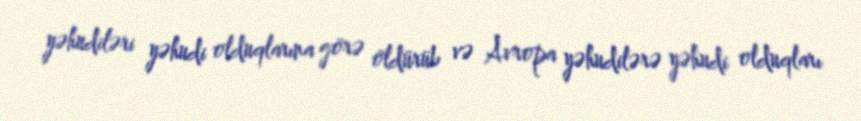
yəhudiləri yəhudi olduqlarına görə öldürüb və Avropa yəhudilərə yəhudi olduqları